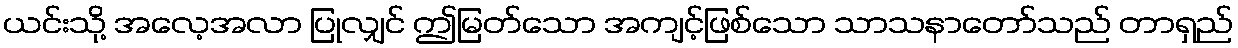
ယင်းသို့ အလေ့အလာ ပြုလျှင် ဤမြတ်သော အကျင့်ဖြစ်သော သာသနာတော်သည် တာရှည်